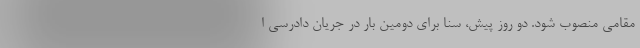
مقامی منصوب شود. دو روز پیش، سنا برای دومین بار در جریان دادرسی ا